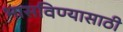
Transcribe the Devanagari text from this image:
भासविण्यासाठी